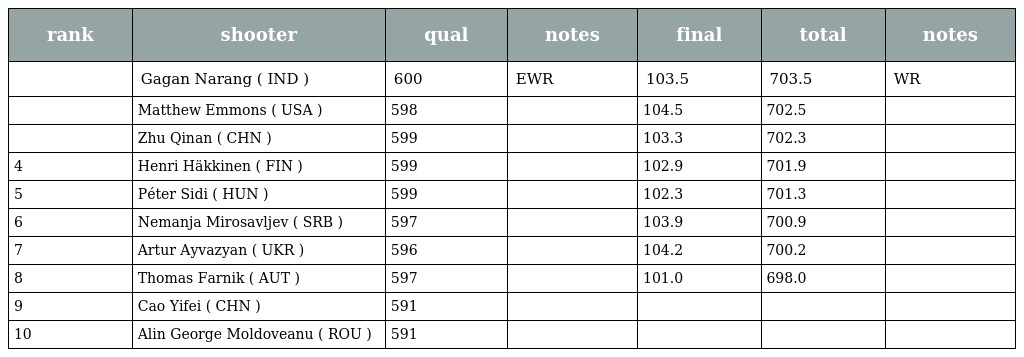
| rank | shooter | qual | notes | final | total | notes |
 | --- | --- | --- | --- | --- | --- | --- |
 |  | Gagan Narang ( IND ) | 600 | EWR | 103.5 | 703.5 | WR |
 |  | Matthew Emmons ( USA ) | 598 |  | 104.5 | 702.5 |  |
 |  | Zhu Qinan ( CHN ) | 599 |  | 103.3 | 702.3 |  |
 | 4 | Henri Häkkinen ( FIN ) | 599 |  | 102.9 | 701.9 |  |
 | 5 | Péter Sidi ( HUN ) | 599 |  | 102.3 | 701.3 |  |
 | 6 | Nemanja Mirosavljev ( SRB ) | 597 |  | 103.9 | 700.9 |  |
 | 7 | Artur Ayvazyan ( UKR ) | 596 |  | 104.2 | 700.2 |  |
 | 8 | Thomas Farnik ( AUT ) | 597 |  | 101.0 | 698.0 |  |
 | 9 | Cao Yifei ( CHN ) | 591 |  |  |  |  |
 | 10 | Alin George Moldoveanu ( ROU ) | 591 |  |  |  |  |